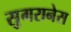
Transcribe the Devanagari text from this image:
सुगरानेस